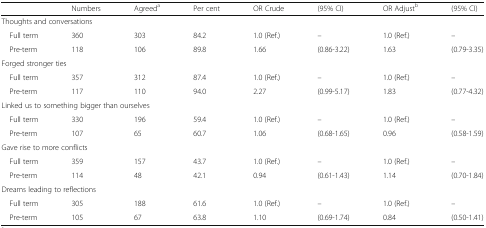
|  | Numbers | Agreeda | Per cent | OR Crude | (95% CI) | OR Adjustb | (95% CI) |
 | --- | --- | --- | --- | --- | --- | --- | --- |
 | <COLSPAN=8> Thoughts and conversations |
 | Full term | 360 | 303 | 84.2 | 1.0 (Ref.) | – | 1.0 (Ref.) | – |
 | Pre-term | 118 | 106 | 89.8 | 1.66 | (0.86-3.22) | 1.63 | (0.79-3.35) |
 | <COLSPAN=8> Forged stronger ties |
 | Full term | 357 | 312 | 87.4 | 1.0 (Ref.) | – | 1.0 (Ref.) | – |
 | Pre-term | 117 | 110 | 94.0 | 2.27 | (0.99-5.17) | 1.83 | (0.77-4.32) |
 | <COLSPAN=8> Linked us to something bigger than ourselves |
 | Full term | 330 | 196 | 59.4 | 1.0 (Ref.) | – | 1.0 (Ref.) | – |
 | Pre-term | 107 | 65 | 60.7 | 1.06 | (0.68-1.65) | 0.96 | (0.58-1.59) |
 | <COLSPAN=8> Gave rise to more conflicts |
 | Full term | 359 | 157 | 43.7 | 1.0 (Ref.) | – | 1.0 (Ref.) | – |
 | Pre-term | 114 | 48 | 42.1 | 0.94 | (0.61-1.43) | 1.14 | (0.70-1.84) |
 | <COLSPAN=8> Dreams leading to reflections |
 | Full term | 305 | 188 | 61.6 | 1.0 (Ref.) | – | 1.0 (Ref.) | – |
 | Pre-term | 105 | 67 | 63.8 | 1.10 | (0.69-1.74) | 0.84 | (0.50-1.41) |